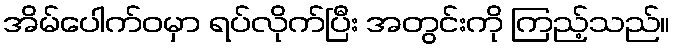
အိမ်ပေါက်ဝမှာ ရပ်လိုက်ပြီး အတွင်းကို ကြည့်သည်။